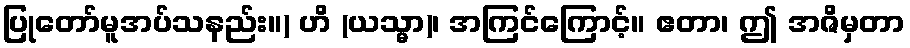
ပြုတော်မူအပ်သနည်း။) ဟိ (ယသ္မာ)၊ အကြင်ကြောင့်။ ဧတာ၊ ဤ အဇိမှတာ